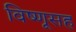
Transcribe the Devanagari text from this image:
विष्णूसह